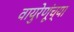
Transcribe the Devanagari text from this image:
वायुरेणूंच्या